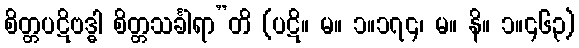
စိတ္တပဋိဗဒ္ဓါ စိတ္တသင်္ခါရာ”တိ (ပဋိ။ မ။ ၁။၁၇၄၊ မ။ နိ။ ၁။၄၆၃)